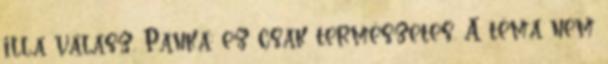
ill.a válasz. Panka: ez csak természetes. A téma nem